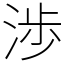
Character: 渉